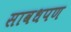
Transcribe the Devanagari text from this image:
सावधपण